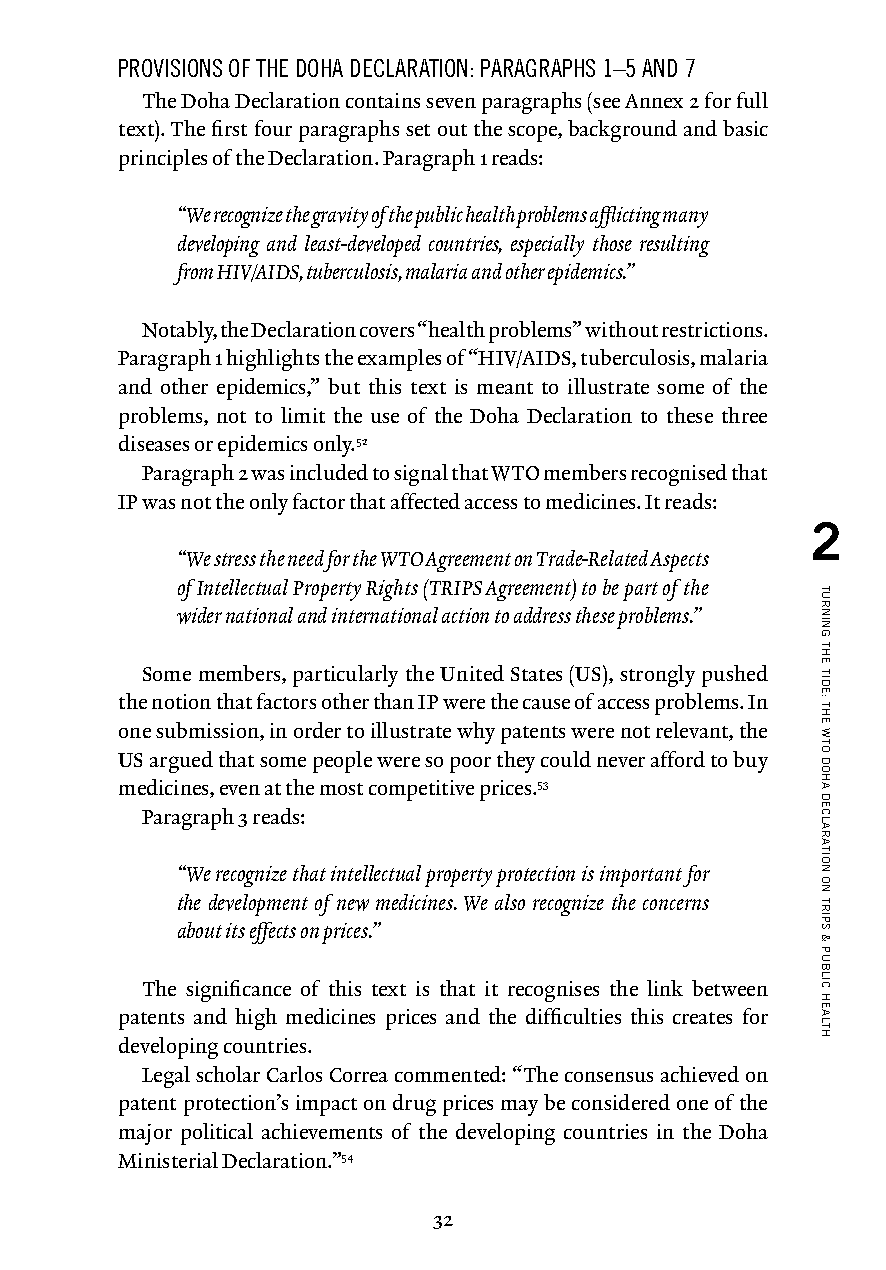
PROVISIONS OF THE DOHA DECLARATION: PARAGRAPHS 1–5 AND 7
 The Doha Declaration contains seven paragraphs (see Annex 2 for full
 text). The first four paragraphs set out the scope, background and basic
 principles of the Declaration. Paragraph 1 reads:
 “We recognize the gravity of the public health problems afflicting many
 developing and least-developed countries, especially those resulting
 from HIV/AIDS, tuberculosis, malaria and other epidemics.”
 Notably, the Declaration covers “health problems” without restrictions.
 Paragraph 1 highlights the examples of “HIV/AIDS, tuberculosis, malaria
 and other epidemics,” but this text is meant to illustrate some of the
 problems, not to limit the use of the Doha Declaration to these three
 diseases or epidemics only.52
 Paragraph 2 was included to signal that WTO members recognised that
 IP was not the only factor that affected access to medicines. It reads:
 2
 “We stress the need for the WTO Agreement on Trade-Related Aspects
 of Intellectual Property Rights (TRIPS Agreement) to be part of the
 wider national and international action to address these problems.”
 Some members, particularly the United States (US), strongly pushed
 the notion that factors other than IP were the cause of access problems. In
 one submission, in order to illustrate why patents were not relevant, the
 US argued that some people were so poor they could never afford to buy
 medicines, even at the most competitive prices.53
 Paragraph 3 reads:
 “We recognize that intellectual property protection is important for
 the development of new medicines. We also recognize the concerns
 about its effects on prices.”
 The significance of this text is that it recognises the link between
 patents and high medicines prices and the difficulties this creates for
 developing countries.
 Legal scholar Carlos Correa commented: “The consensus achieved on
 patent protection’s impact on drug prices may be considered one of the
 major political achievements of the developing countries in the Doha
 Ministerial Declaration.”54
 32
 TURNING
 THE
 TIDE:
 THE
 WTO
 DOHA
 DECLARATION
 ON
 TRIPS
 &
 PUBLIC
 HEALTH